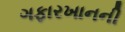
ગફારખાનની